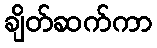
ချိတ်ဆက်ကာ